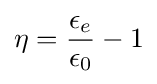
\eta ={\frac {\epsilon _{e}}{\epsilon _{0}}}-1